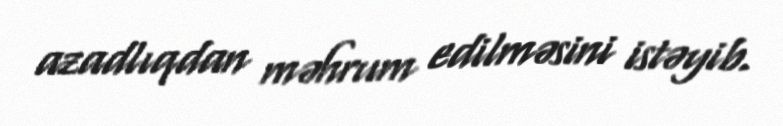
azadlıqdan məhrum edilməsini istəyib.